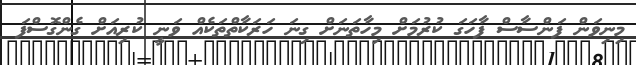
މިނިވަން ފަންސާސް ފާހަގަ ކުރުމަށް މިހާތަނަށް ގިނަ ހަރަކާތްތަކެއް ވަނީ ކުރިއަށް ގެންގޮސްފަ